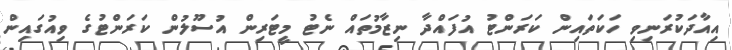
އިއާދަކުރަނިވި ހަކަތައިން ކަރަންޓު އުފައްދާ ނިޒާމުތައް ނެޓު މީޓަރިން އުސޫލުން ކަރަންޓުގެ ވިއުގައިން